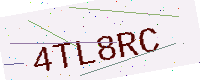
Text: 4TL8RC